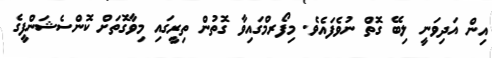
އިން އަދިވަނީ ލިބޭ ގޮތް ނުވެފައެވެ. މިފޯރމްގައިވާ ގޮތުން ތިރީގައި މިވާގޮތަށް ކޮންސެޝަންފީގެ